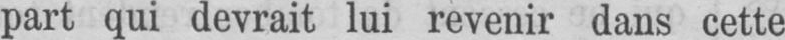
part qui devrait lui revenir dans cette